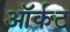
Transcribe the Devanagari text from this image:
ऑर्कट